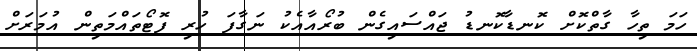
ހަމަ ތިހާ ގާތްކޮށް ކޮނޑާކޮނޑު ޖައްސައިގެން ބުރޯއާއެކު ނަގާފަ ހުރި ފޮޓޯތައްމަތިން އުމަރަށް